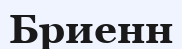
Бриенн